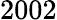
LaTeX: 2002